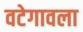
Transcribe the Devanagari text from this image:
वटेगावला